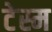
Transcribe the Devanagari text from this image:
टेस्म